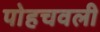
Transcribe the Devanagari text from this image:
पोहचवली